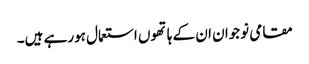
مقامی نوجوان ان کے ہاتھوں استعمال ہورہے ہیں۔